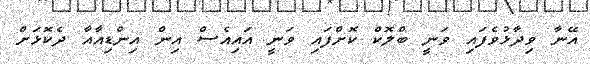
އޭނާ ވިދާޅުވެފައި ވަނީ ބްލޮކް ކޮށްފައި ވަނީ އައިއެސް އިން އިންޑިއާއާ ދެކޮޅަށް